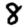
Digit: 8